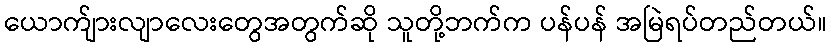
ယောက်ျားလျာလေးတွေအတွက်ဆို သူတို့ဘက်က ပန်ပန် အမြဲရပ်တည်တယ်။